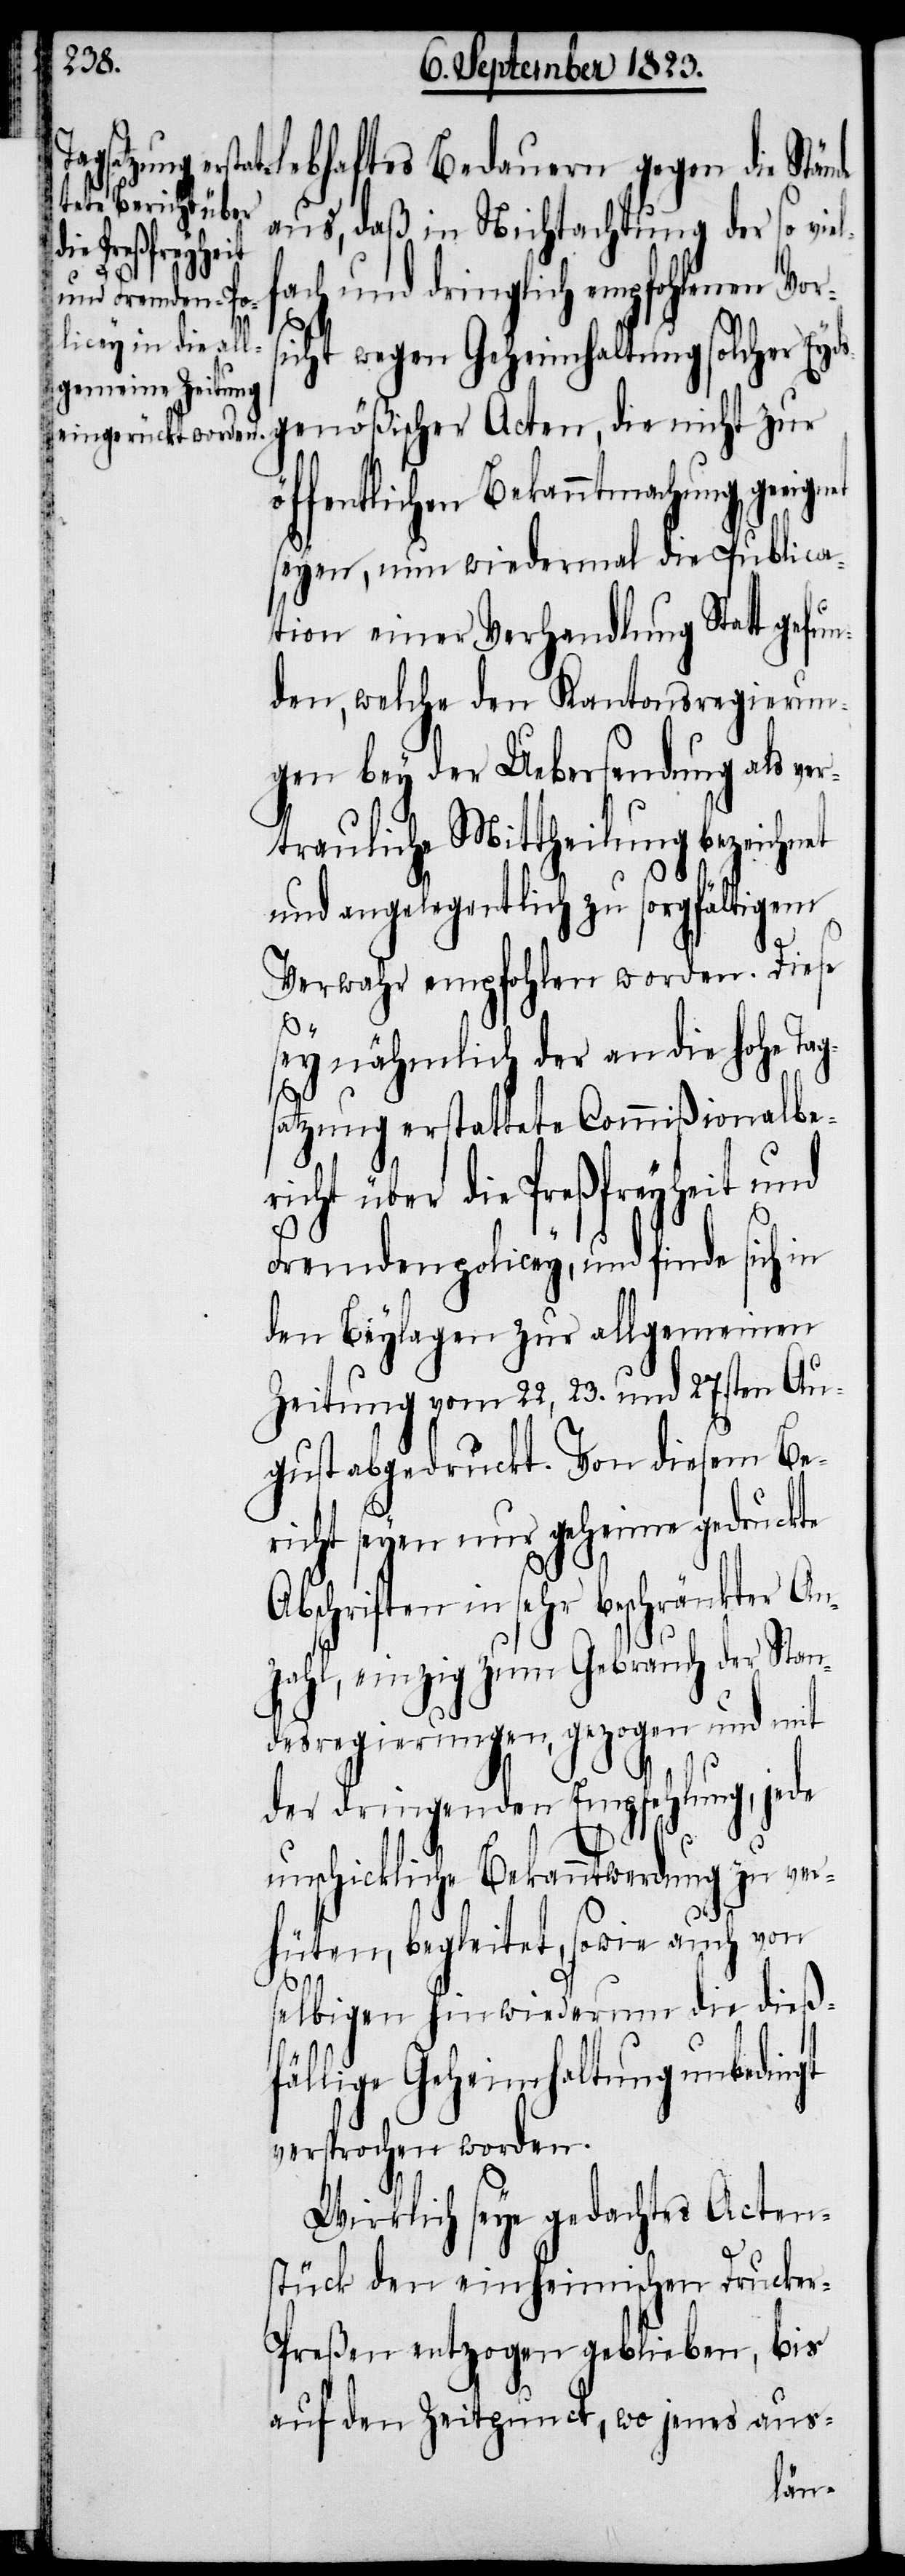
lebhaftes Bedauern gegen die Stände
aus, daß in Nichtachtung der so viel¬
eignet
fach und dringlich empfohlenen Vor¬
sicht wegen Geheimhaltung solcher Eyd¬
sgenößischer Acten, die nicht zur
öffentlichen Bekanntmachung ge¬
seyen, nun wiedermal die Publica¬
tion einer Verhandlung Statt gefun¬
den, welche den Kantonsregierun¬
gen bey der Uebersendung als ve¬
rtrauliche Mittheilung bezeichnet
und angelegentlich zu sorgfältigem
Verwahr empfohlen worden. Diese
sey nähmlich der an die hohe
satzung erstattete Commißionalbe¬
richt über die Preßfreyheit und
Fremdenpolicey, und finde sich in
den Beylagen zur allgemeinen
Zeitung vom 22, 23. und 27.sten Au¬
gust abgedruckt. Von diesem Be¬
richt seyen nur geheime gedruckte
Abschriften in sehr beschränkter A¬
nzahl, einzig zum Gebrauch der Stan¬
desregierungen, gezogen und mit
der dringenden Empfehlung, jede
unschickliche Bekanntwerdung zu ver¬
hüten, begleitet, sowie auch von
selbigen hinwiederum die dieß¬
fällige Geheimhaltung unbedingt
versprochen worden.
Wirklich seye gedachtes Acten¬
stück den einheimischen Drucke¬
r-Preßen entzogen geblieben, bis
auf den Zeitpunct, wo jenes aus-
Tag¬